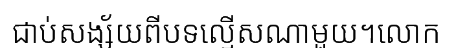
ជាប់សង្ស័យពីបទល្មើសណាមួយ។លោក